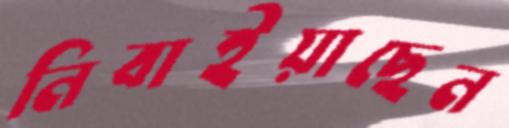
নিবাইয়াছেন